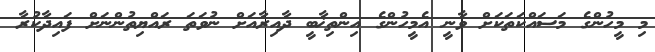
މި މީހުންގެ މަސައްކަތަކަށް ވާނީ އެމީހުންގެ އިންތިޚާބީ ދާއިރާއަށް ނުވަތަ ރައްޔިތުންނަށް ފައިދާކުރާ